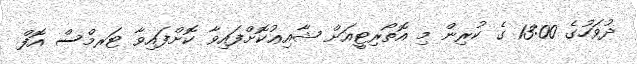
ދުވަހުގެ 13:00 ގެ ކުރިން މި އޮތޯރިޓީއަށް ޝާއިޢުކޮށްފައިވާ ކޮށްފައިވާ ޓަރމްސް އޮފް